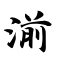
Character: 湔